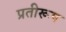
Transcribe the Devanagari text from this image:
प्रतीरूप